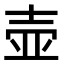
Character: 壶